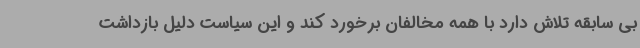
بی سابقه تلاش دارد با همه مخالفان برخورد کند و این سیاست دلیل بازداشت